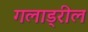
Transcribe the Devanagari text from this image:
गलाड्रील